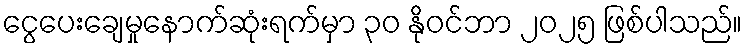
ငွေပေးချေမှုနောက်ဆုံးရက်မှာ ၃၀ နိုဝင်ဘာ ၂၀၂၅ ဖြစ်ပါသည်။